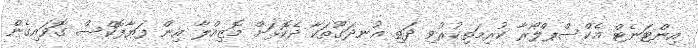
އިންޓަނެޓް އެކްސްޕްލޯރާ ކުރިމަތިކުރުވި ދަތި އުނދަގޫތަކާ ދެކޮޅަށް މޮޒިއްލާ އިން ފަޔާފޮކްސް ގޮވައިގެން